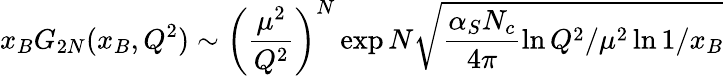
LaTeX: x_{B}G_{2N}(x_{B},Q^{2})\sim\left(\frac{\mu^{2}}{Q^{2}}\right)^{N}\exp N\sqrt{\frac{\alpha_{S}N_{c}}{4\pi}\ln Q^{2}/\mu^{2}\ln 1/x_{B}}